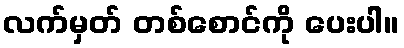
လက်မှတ် တစ်စောင်ကို ပေးပါ။